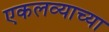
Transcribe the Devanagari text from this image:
एकलव्याच्या